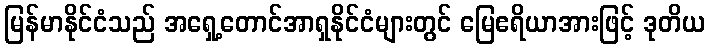
မြန်မာနိုင်ငံသည် အရှေ့တောင်အာရှနိုင်ငံများတွင် မြေဧရိယာအားဖြင့် ဒုတိယ